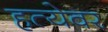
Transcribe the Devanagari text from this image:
हत्येवर